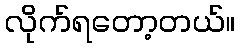
လိုက်ရတော့တယ်။